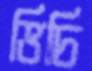
ভিচি